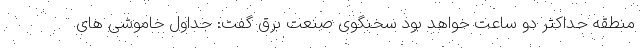
منطقه حداکثر دو ساعت خواهد بود سخنگوی صنعت برق گفت: جداول خاموشی های